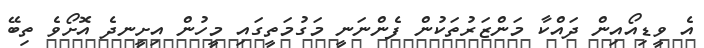
އެ ވީޑިއޯއިން ދައްކާ މަންޒަރުތަކުން ފެންނަނީ މަގުމަތީގައި މީހުން އިށީނދެ އޮށޯވެ ތިބޭ